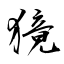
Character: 獍